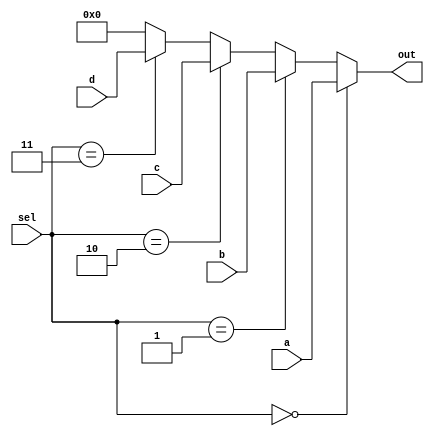
module mux (a,b,c,d,sel, out);
    input [3:0]a,b,c,d;
    input [1:0] sel;
    output reg [3:0]out;

    always @ (sel or a or b or c or d)
    begin
        if (sel == 2'b00) out = a;
        else if (sel == 2'b01) out = b;
        else if (sel == 2'b10) out = c;
        else if (sel == 2'b11) out = d;
        else out = 1'b00;
    end
endmodule